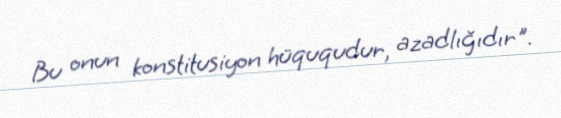
Bu onun konstitusiyon hüququdur, azadlığıdır".